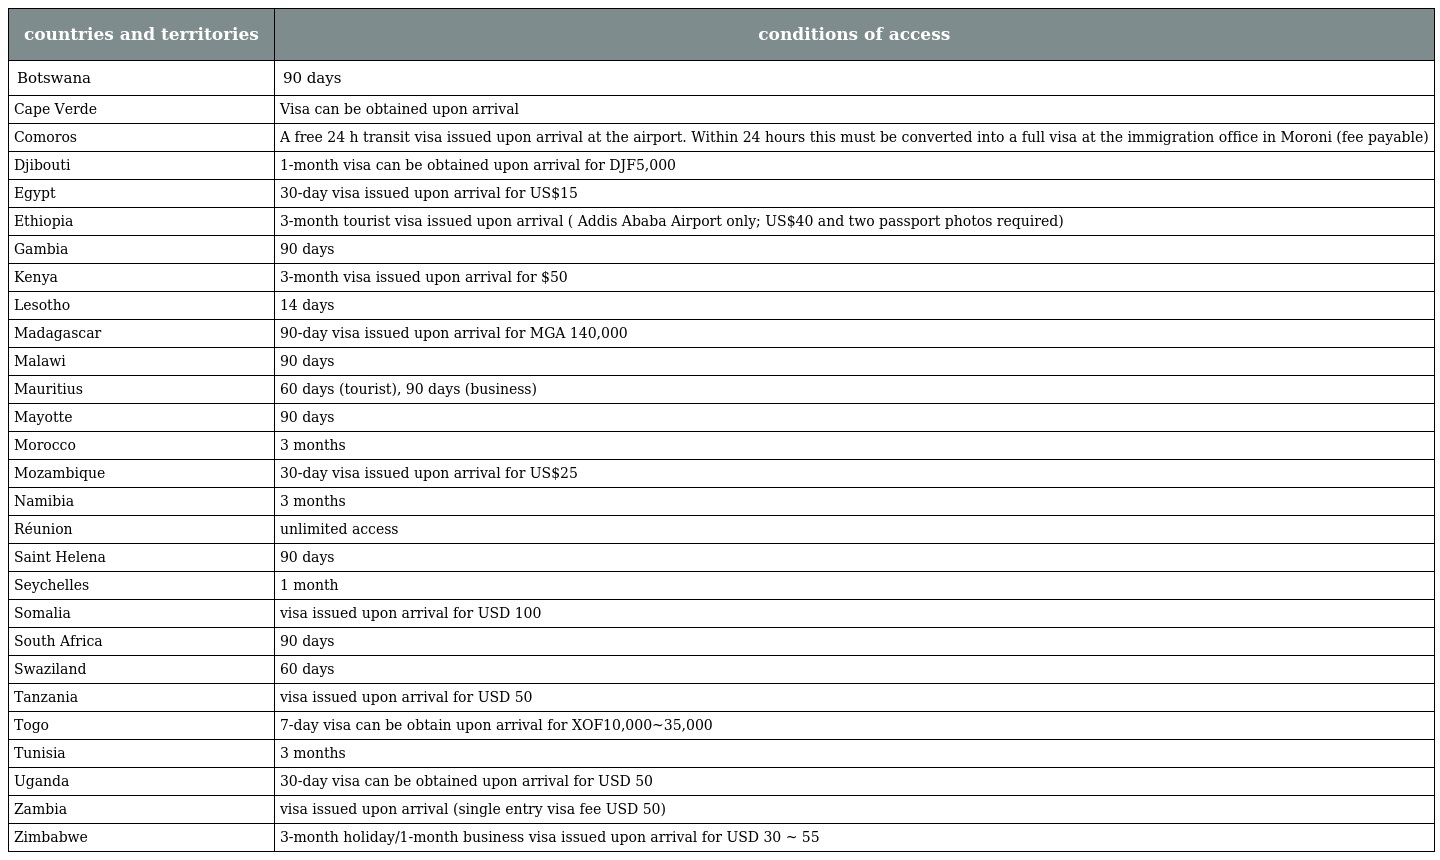
| countries and territories | conditions of access |
 | --- | --- |
 | Botswana | 90 days |
 | Cape Verde | Visa can be obtained upon arrival |
 | Comoros | A free 24 h transit visa issued upon arrival at the airport. Within 24 hours this must be converted into a full visa at the immigration office in Moroni (fee payable) |
 | Djibouti | 1-month visa can be obtained upon arrival for DJF5,000 |
 | Egypt | 30-day visa issued upon arrival for US$15 |
 | Ethiopia | 3-month tourist visa issued upon arrival ( Addis Ababa Airport only; US$40 and two passport photos required) |
 | Gambia | 90 days |
 | Kenya | 3-month visa issued upon arrival for $50 |
 | Lesotho | 14 days |
 | Madagascar | 90-day visa issued upon arrival for MGA 140,000 |
 | Malawi | 90 days |
 | Mauritius | 60 days (tourist), 90 days (business) |
 | Mayotte | 90 days |
 | Morocco | 3 months |
 | Mozambique | 30-day visa issued upon arrival for US$25 |
 | Namibia | 3 months |
 | Réunion | unlimited access |
 | Saint Helena | 90 days |
 | Seychelles | 1 month |
 | Somalia | visa issued upon arrival for USD 100 |
 | South Africa | 90 days |
 | Swaziland | 60 days |
 | Tanzania | visa issued upon arrival for USD 50 |
 | Togo | 7-day visa can be obtain upon arrival for XOF10,000~35,000 |
 | Tunisia | 3 months |
 | Uganda | 30-day visa can be obtained upon arrival for USD 50 |
 | Zambia | visa issued upon arrival (single entry visa fee USD 50) |
 | Zimbabwe | 3-month holiday/1-month business visa issued upon arrival for USD 30 ~ 55 |